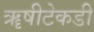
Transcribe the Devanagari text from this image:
ॠषीटेकडी